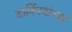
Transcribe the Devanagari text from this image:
डार्विनयांच्या